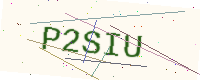
Text: P2SIU